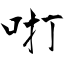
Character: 咑